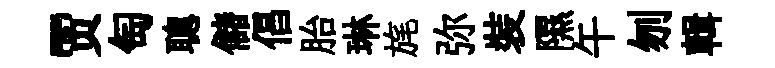
贾匋聰儲倡胎琳旄弥裝隰午刎輯